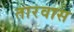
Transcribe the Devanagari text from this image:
तारवास